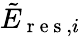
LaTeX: \tilde{E}_{\mathrm{~r~e~s~},i}